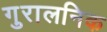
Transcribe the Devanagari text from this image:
गुरालनिक